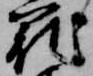
籠